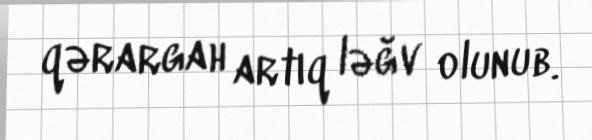
qərargah artıq ləğv olunub.